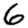
Digit: 6